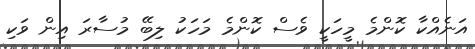
އަނެއްކާ ކޮންމެ މީހަކީ ވެސް ކޮންމެ މަހަކު ލިބޭ މުސާރަ އިން ވަކި